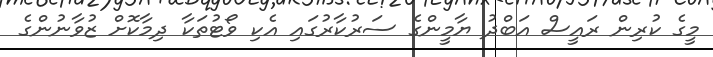
މީގެ ކުރިން ރައީސް އަބްދު ޔާމީންގެ ސަރުކާރުގައި އެކި ވޯޓުތަކާ ދިމާކޮށް ޒުވާނުންގެ